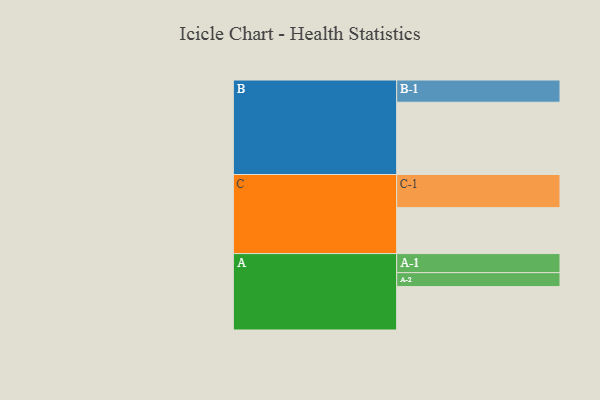
{"axis": {"x": "Segment", "y": "Value"}, "legend": ["", "A", "B", "C"], "data": [{"x": "A", "y": 326, "type": ""}, {"x": "B", "y": 543, "type": ""}, {"x": "C", "y": 345, "type": ""}, {"x": "A-1", "y": 143, "type": "A"}, {"x": "A-2", "y": 105, "type": "A"}, {"x": "B-1", "y": 167, "type": "B"}, {"x": "C-1", "y": 249, "type": "C"}]}